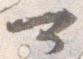
可